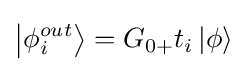
\left|{\phi _{i}^{out}}\right\rangle ={G_{0+}}{t_{i}}\left|\phi \right\rangle